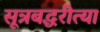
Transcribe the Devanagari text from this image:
सूत्रबद्धरीत्या